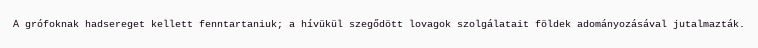
A grófoknak hadsereget kellett fenntartaniuk; a hívükül szegődött lovagok szolgálatait földek adományozásával jutalmazták.